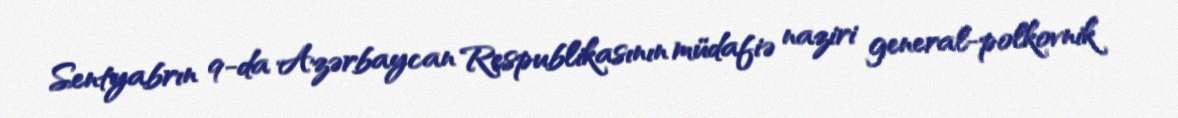
Sentyabrın 9-da Azərbaycan Respublikasının müdafiə naziri general-polkovnik